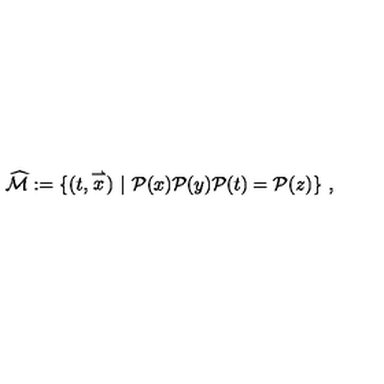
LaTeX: \widehat { { \mathcal { M } } } : = \{ ( t , \stackrel { \rightharpoonup } { x } ) \ | \ { \mathcal { P } } ( x ) { \mathcal { P } } ( y ) { \mathcal { P } } ( t ) = { \mathcal { P } } ( z ) \} \ ,